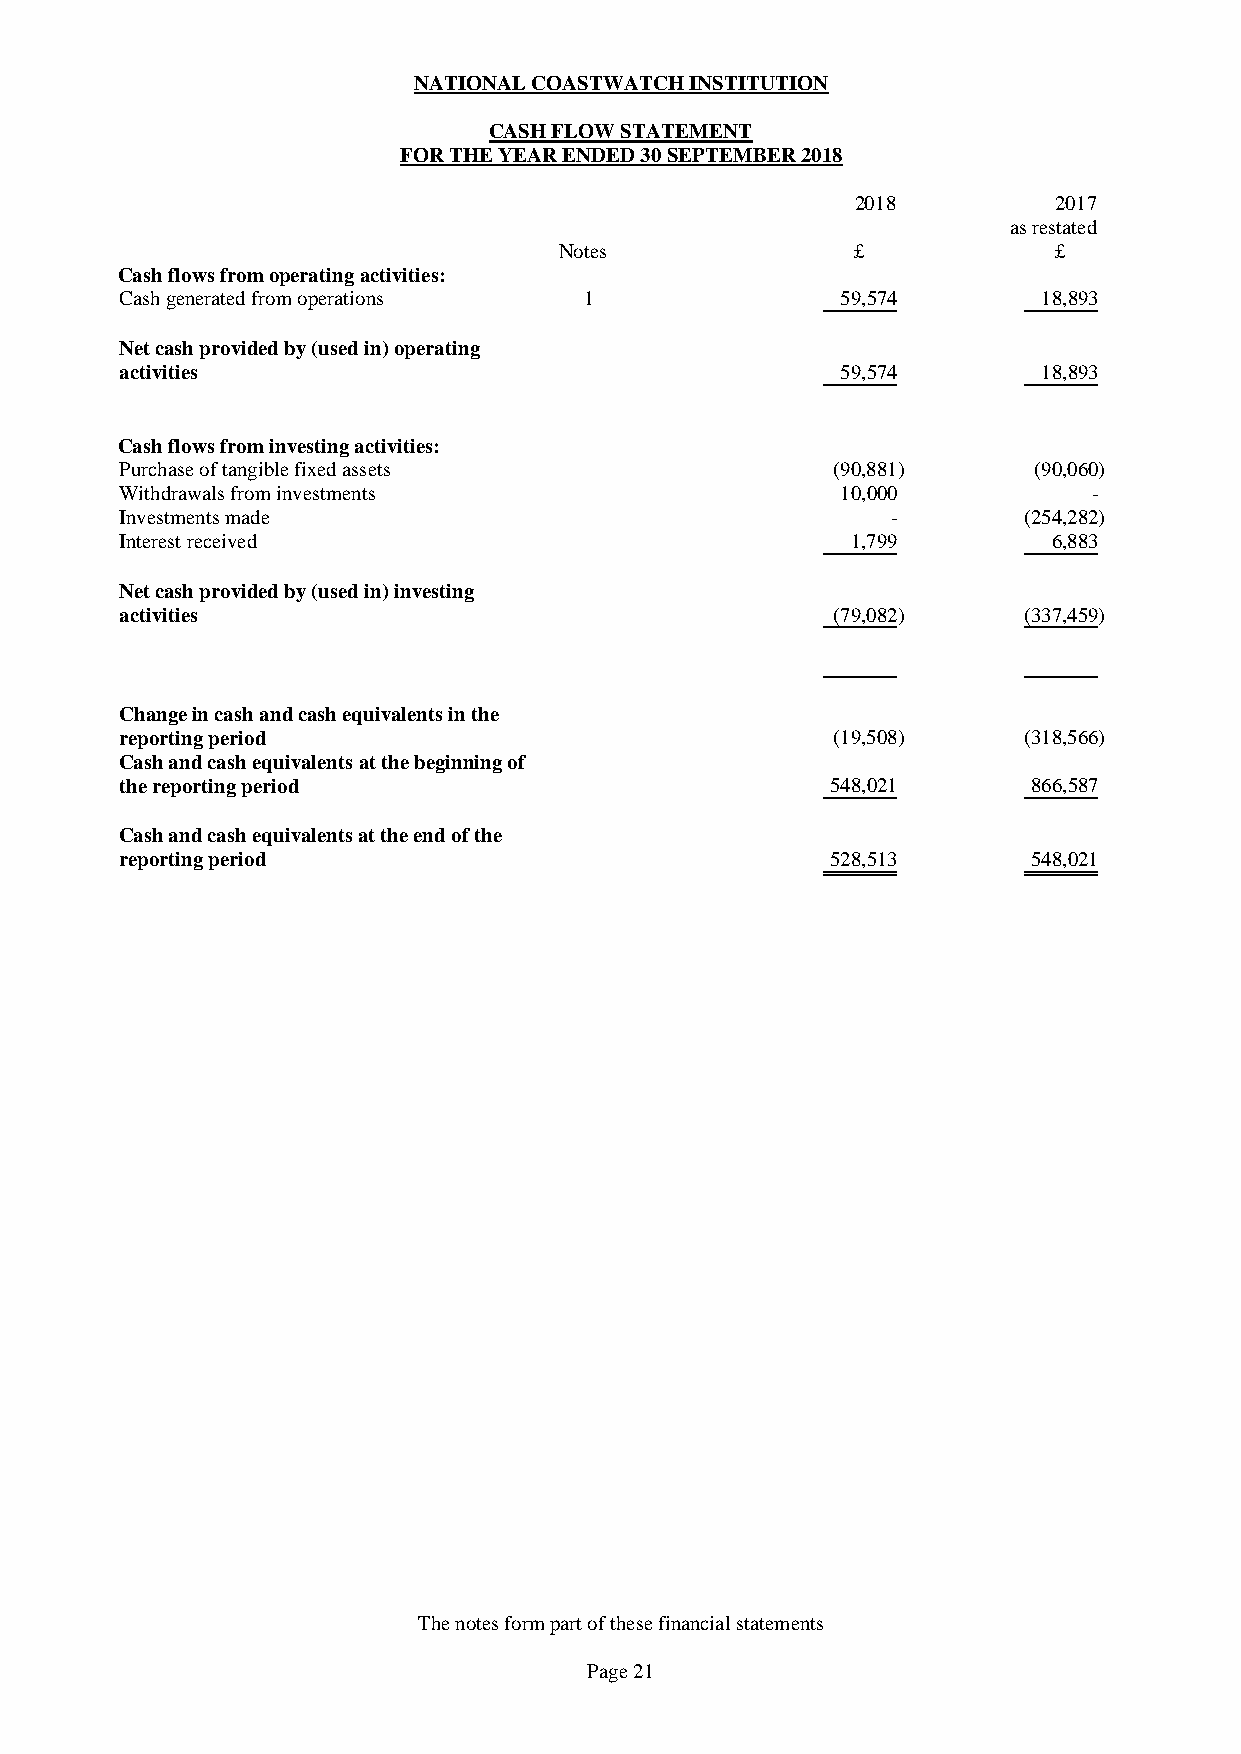
NATIONAL COASTWATCH INSTITUTION
 CASH FLOW STATEMENT
 FOR THE YEAR ENDED 30 SEPTEMBER 2018
 2018         2017
 as restated
 Notes               £            £
 Cash flows from operating activities:
 Cash generated from operations 1                59,574       18,893
 Net cash provided by (used in) operating
 activities                                      59,574       18,893
 Cash flows from investing activities:
 Purchase of tangible fixed assets              (90,881)     (90,060)
 Withdrawals from investments                    10,000          -
 Investments made                                   -        (254,282)
 Interest received                               1,799         6,883
 Net cash provided by (used in) investing
 activities                                     (79,082)     (337,459)
 Change in cash and cash equivalents in the
 reporting period                               (19,508)     (318,566)
 Cash and cash equivalents at the beginning of
 the reporting period                           548,021      866,587
 Cash and cash equivalents at the end of the
 reporting period                               528,513      548,021
 The notes form part of these financial statements
 Page 21